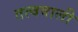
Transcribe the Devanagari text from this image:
तत्ववाली